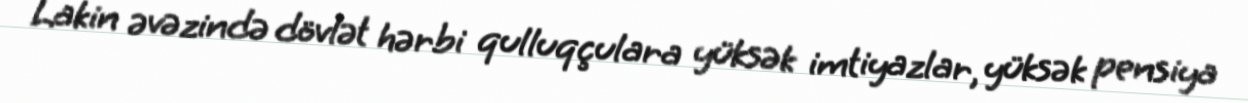
Lakin əvəzində dövlət hərbi qulluqçulara yüksək imtiyazlar, yüksək pensiya